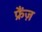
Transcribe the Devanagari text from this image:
फ्रैंज़